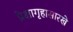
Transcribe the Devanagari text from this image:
प्रेक्षागृहासारखे